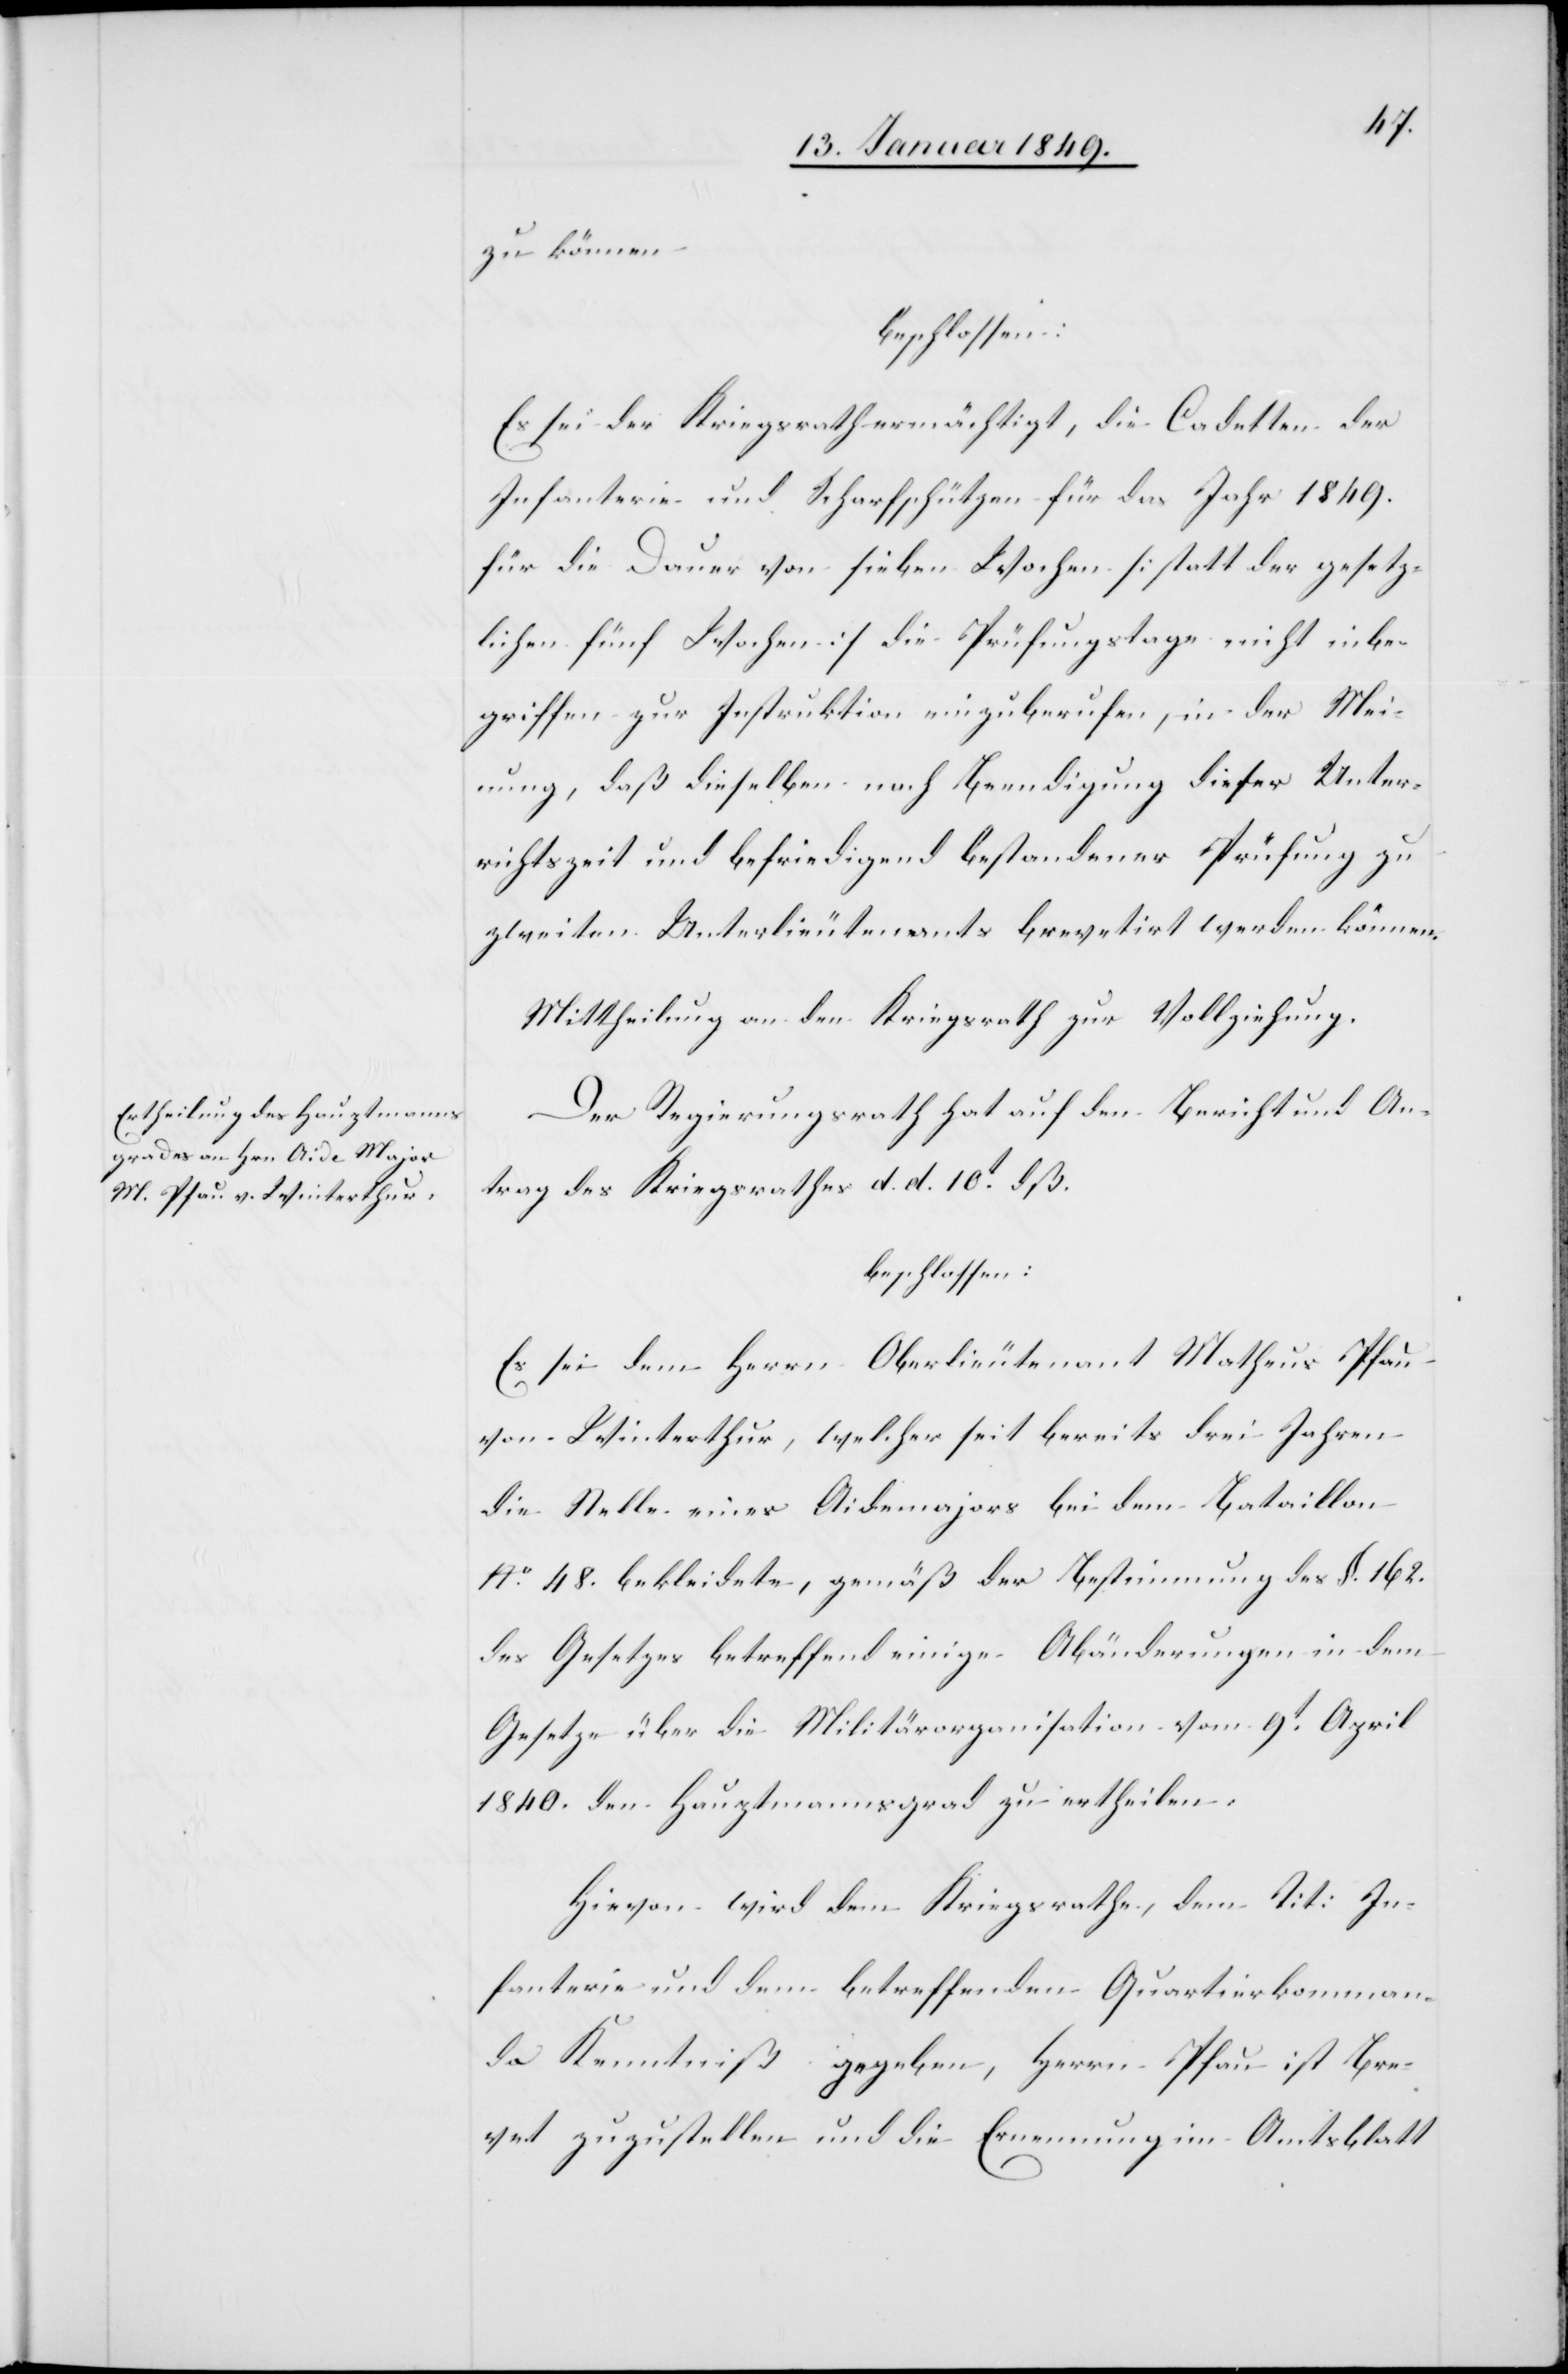
zu können
beschlossen:
Es sei der Kriegsrath ermächtigt, die Cadetten der
Infanterie und Scharfschützen für das Jahr 1849.
für die Dauer von sieben Wochen [statt der gesetz¬
lichen fünf Wochen] die Prüfungstage nicht inbe¬
griffen zur Instruktion einzuberufen, in der Mei¬
nung, daß dieselben nach Beendigung dieser Unter¬
richtszeit und befriedigend bestandener Prüfung zu
zweiten Unterlieutenants brevetirt werden können.
Mittheilung an den Kriegsrath zur Vollziehung.
Der Regierungsrath hat auf den Bericht und An¬
trag des Kriegsrathes d. d. 10t. dß.
beschlossen:
Es sei dem Herrn Oberlieutenant Matheus Pfau
von Winterthur, welcher seit bereits drei Jahren
die Stelle eines Aidemajors bei dem Bataillon
No. 48. bekleidete, gemäß der Bestimmung des §. 162.
des Gesetzes betreffend einige Abänderungen in dem
Gesetze über die Militärorganisation vom 9t. April
1840. den Hauptmannsgrad zu ertheilen.
Hievon wird dem Kriegsrathe, dem Tit: In¬
fanterie und dem betreffenden Quartierkomman¬
do Kenntniß gegeben, Herrn Pfau ist Bre¬
vet zuzustellen und die Ernennung im Amtsblatt